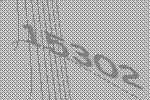
15302